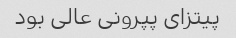
پیتزای پپرونی عالی بود